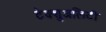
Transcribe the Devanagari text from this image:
टेक्शुअलिटी